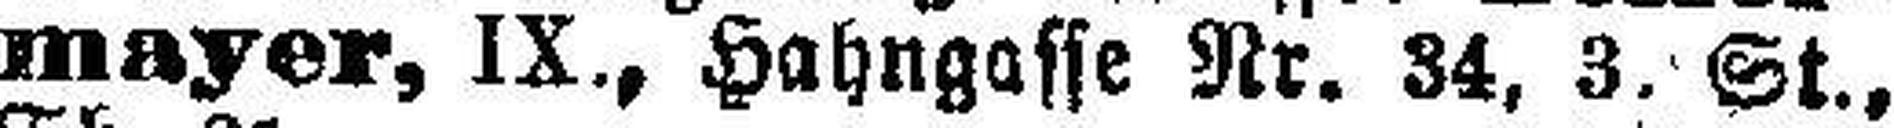
mayer, IX., Hahngasse Nr. 34, 3. St.,